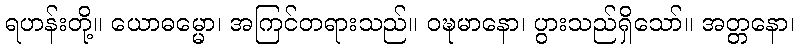
ရဟန်းတို့။ ယောဓမ္မော၊ အကြင်တရားသည်။ ဝဍ္ဎမာနော၊ ပွားသည်ရှိသော်။ အတ္တနော၊